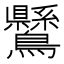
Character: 𪈉